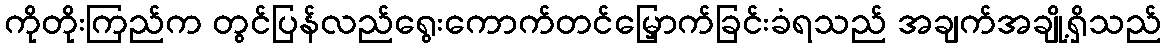
ကိုတိုးကြည်က တွင်ပြန်လည်ရွေးကောက်တင်မြှောက်ခြင်းခံရသည် အချက်အချို့ရှိသည်